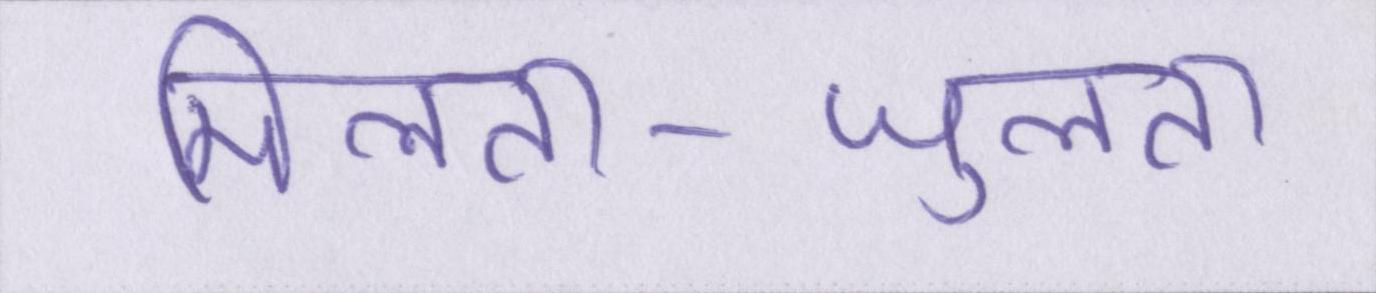
मिलता-जुलता